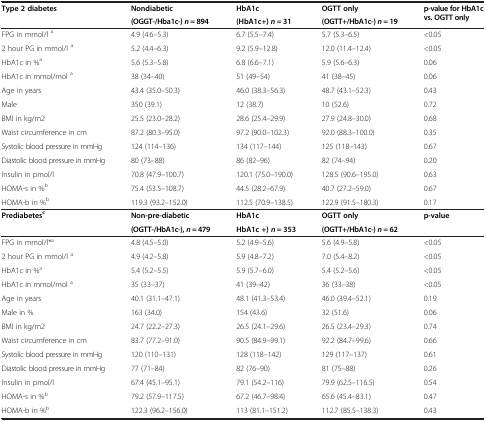
<table><thead><tr><td><b>Type 2 diabetes</b></td><td><b>Nondiabetic</b></td><td><b>HbA1c</b></td><td><b>OGTT only</b></td><td><b>p-value for HbA1c vs. OGTT only</b></td></tr><tr><td><b> </b></td><td><b>(OGGT-/Hba1c-)<i>n</i> = 894</b></td><td><b>(HbA1c+)<i>n =</i> 31</b></td><td><b>(OGTT+/HbA1c-)<i>n</i> = 19</b></td><td><b> </b></td></tr></thead><tbody><tr><td>FPG in mmol/l <sup>a</sup></td><td>4.9 (4.6–5.3)</td><td>6.7 (5.5–7.4)</td><td>5.7 (5.3–6.5)</td><td>&lt;0.05</td></tr><tr><td>2 hour PG in mmol/l <sup>a</sup></td><td>5.2 (4.4–6.3)</td><td>9.2 (5.9–12.8)</td><td>12.0 (11.4–12.4)</td><td>&lt;0.05</td></tr><tr><td>HbA1c in %<sup>a</sup></td><td>5.6 (5.3–5.8)</td><td>6.8 (6.6–7.1)</td><td>5.9 (5.6–6.3)</td><td>0.06</td></tr><tr><td>HbA1c in mmol/mol <sup>a</sup></td><td>38 (34–40)</td><td>51 (49–54)</td><td>41 (38–45)</td><td>0.06</td></tr><tr><td>Age in years</td><td>43.4 (35.0–50.3)</td><td>46.0 (38.3–56.3)</td><td>48.7 (43.1–52.3)</td><td>0.43</td></tr><tr><td>Male</td><td>350 (39.1)</td><td>12 (38.7)</td><td>10 (52.6)</td><td>0.72</td></tr><tr><td>BMI in kg/m2</td><td>25.5 (23.0–28.2)</td><td>28.6 (25.4–29.9)</td><td>27.9 (24.8–30.0)</td><td>0.68</td></tr><tr><td>Waist circumference in cm</td><td>87.2 (80.3–95.0)</td><td>97.2 (90.0–102.3)</td><td>92.0 (88.3–100.0)</td><td>0.35</td></tr><tr><td>Systolic blood pressure in mmHg</td><td>124 (114–136)</td><td>134 (117–144)</td><td>125 (118–143)</td><td>0.67</td></tr><tr><td>Diastolic blood pressure in mmHg</td><td>80 (73–88)</td><td>86 (82–96)</td><td>82 (74–94)</td><td>0.20</td></tr><tr><td>Insulin in pmol/l</td><td>70.8 (47.9–100.7)</td><td>120.1 (75.0–190.0)</td><td>128.5 (90.6–195.0)</td><td>0.63</td></tr><tr><td>HOMA-s in %<sup>b</sup></td><td>75.4 (53.5–108.7)</td><td>44.5 (28.2–67.9)</td><td>40.7 (27.2–59.0)</td><td>0.67</td></tr><tr><td>HOMA-b in %<sup>b</sup></td><td>119.3 (93.2–152.0)</td><td>112.5 (70.9–138.5)</td><td>122.9 (91.5–180.3)</td><td>0.17</td></tr><tr><td><b>Prediabetes</b><sup><b>c</b></sup></td><td><b>Non-pre-diabetic</b></td><td><b>HbA1c</b></td><td><b>OGTT only</b></td><td><b>p-value</b></td></tr><tr><td> </td><td><b>(OGTT-/HbA1c-),</b><b><i>n</i></b> <b>= 479</b></td><td><b>HbA1c +)</b><b><i>n</i></b> <b>= 353</b></td><td><b>(OGTT+/HbA1c-)</b><b><i>n</i></b> <b>= 62</b></td><td> </td></tr><tr><td>FPG in mmol/l*<sup>a</sup></td><td>4.8 (4.5–5.0)</td><td>5.2 (4.9–5.6)</td><td>5.6 (4.9–5.8)</td><td>&lt;0.05</td></tr><tr><td>2 hour PG in mmol/l <sup>a</sup></td><td>4.9 (4.2–5.8)</td><td>5.9 (4.8–7.2)</td><td>7.0 (5.4–8.2)</td><td>&lt;0.05</td></tr><tr><td>HbA1c in %<sup>a</sup></td><td>5.4 (5.2–5.5)</td><td>5.9 (5.7–6.0)</td><td>5.4 (5.2–5.6)</td><td>&lt;0.05</td></tr><tr><td>HbA1c in mmol/mol <sup>a</sup></td><td>35 (33–37)</td><td>41 (39–42)</td><td>36 (33–38)</td><td>&lt;0.05</td></tr><tr><td>Age in years</td><td>40.1 (31.1–47.1)</td><td>48.1 (41.3–53.4)</td><td>46.0 (39.4–52.1)</td><td>0.19</td></tr><tr><td>Male in %</td><td>163 (34.0)</td><td>154 (43.6)</td><td>32 (51.6)</td><td>0.06</td></tr><tr><td>BMI in kg/m2</td><td>24.7 (22.2–27.3)</td><td>26.5 (24.1–29.6)</td><td>26.5 (23.4–29.3)</td><td>0.74</td></tr><tr><td>Waist circumference in cm</td><td>83.7 (77.2–91.0)</td><td>90.5 (84.9–99.1)</td><td>92.2 (84.7–99.6)</td><td>0.66</td></tr><tr><td>Systolic blood pressure in mmHg</td><td>120 (110–131)</td><td>128 (118–142)</td><td>129 (117–137)</td><td>0.61</td></tr><tr><td>Diastolic blood pressure in mmHg</td><td>77 (71–84)</td><td>82 (76–90)</td><td>81 (75–88)</td><td>0.26</td></tr><tr><td>Insulin in pmol/l</td><td>67.4 (45.1–95.1)</td><td>79.1 (54.2–116)</td><td>79.9 (62.5–116.5)</td><td>0.54</td></tr><tr><td>HOMA-s in %<sup>b</sup></td><td>79.2 (57.9–117.5)</td><td>67.2 (46.7–98.4)</td><td>65.6 (45.4–83.1)</td><td>0.47</td></tr><tr><td>HOMA-b in %<sup>b</sup></td><td>122.3 (96.2–156.0)</td><td>113 (81.1–151.2)</td><td>112.7 (85.5–138.3)</td><td>0.43</td></tr></tbody></table>